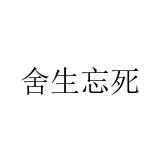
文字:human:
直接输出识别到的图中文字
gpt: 舍生忘死